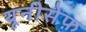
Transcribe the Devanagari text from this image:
यूनीसेफ़